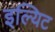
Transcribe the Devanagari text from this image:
इल्यिट